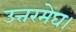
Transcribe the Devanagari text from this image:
उत्तरमेघ।